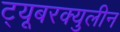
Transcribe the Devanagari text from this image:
ट्यूबरक्युलीन